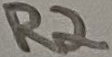
Text: R2